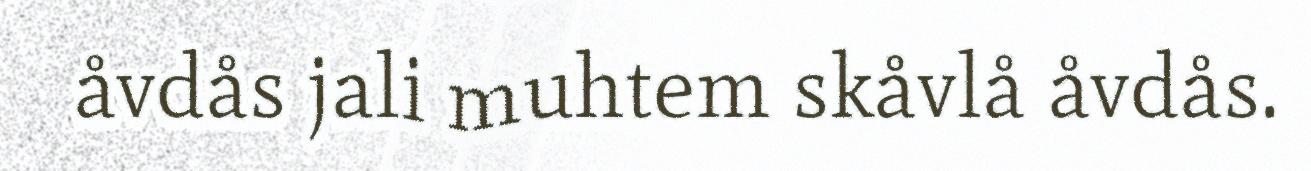
åvdås jali muhtem skåvlå åvdås.